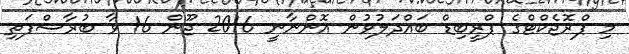
މި ޕްރޮޖެކްޓްގެ ޕްރީބިޑް ބައްދަލުވުން އޮންނާނީ 2016 ޖޫން 16 ވާ ބުރާސްފަތި